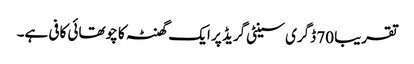
تقریبا 70 ڈگری سینٹی گریڈ پر ایک گھنٹہ کا چوتھائی کافی ہے۔